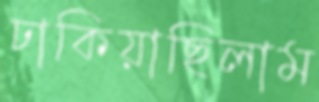
ঢাকিয়াছিলাম